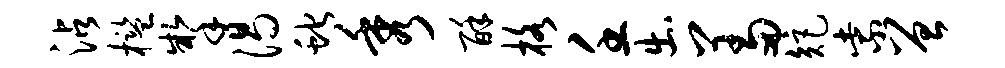
沾槛掣渴蛇秀酥格壬出羞矩紫曾